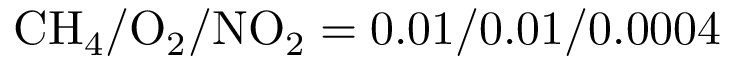
\mathrm { C H _ { 4 } } / \mathrm { O _ { 2 } } / \mathrm { N O _ { 2 } } = 0 . 0 1 / 0 . 0 1 / 0 . 0 0 0 4